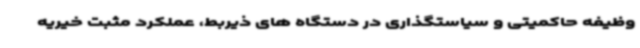
وظیفه حاکمیتی و سیاستگذاری در دستگاه های ذیربط، عملکرد مثبت خیریه